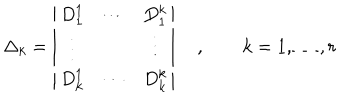
\Delta _ { k } = \left| \begin{array} { c c c } { { D _ { 1 } ^ { 1 } } } & { { \cdots } } & { { D _ { 1 } ^ { k } } } \\ { { \vdots } } & { { } } & { { \vdots } } \\ { { D _ { k } ^ { 1 } } } & { { \cdots } } & { { D _ { k } ^ { k } } } \\ \end{array} \right| \quad , \qquad k = 1 , \ldots , r